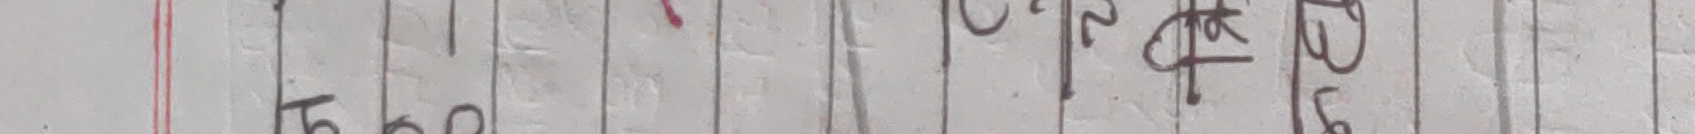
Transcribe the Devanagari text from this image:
७८० ०२ कि ३६